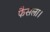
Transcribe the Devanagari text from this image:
फैसला।